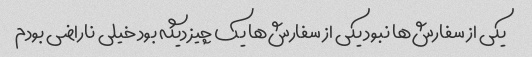
یکی از سفارش‌ها نبود یکی از سفارش‌ها یک چیز دیگه بود خیلی ناراضی بودم